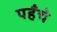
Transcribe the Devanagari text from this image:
पहँचे